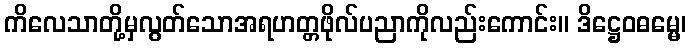
ကိလေသာတို့မှလွတ်သောအရဟတ္တဖိုလ်ပညာကိုလည်းကောင်း။ ဒိဋ္ဌေဝဓမ္မေ၊